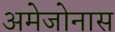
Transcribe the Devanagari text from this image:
अमेजोनास